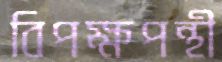
বিপক্ষপন্থী